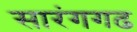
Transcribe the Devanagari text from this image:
सारंगगढ